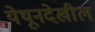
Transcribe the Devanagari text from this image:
येथूनदेखील